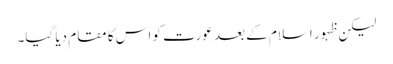
لیکن ظہورِ اسلام کے بعد عورت کو اس کا مقام دیا گیا۔